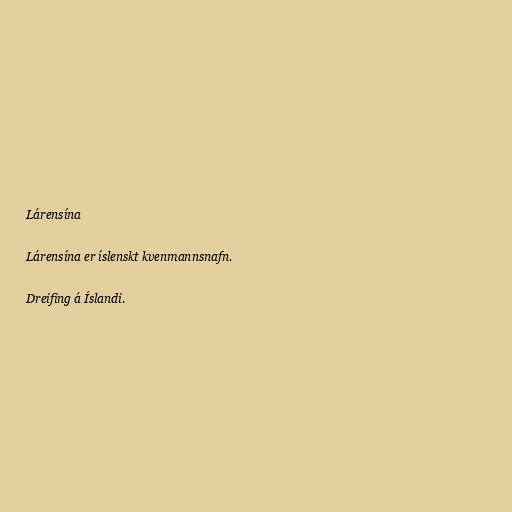
Lárensína

Lárensína er íslenskt kvenmannsnafn.

Dreifing á Íslandi.